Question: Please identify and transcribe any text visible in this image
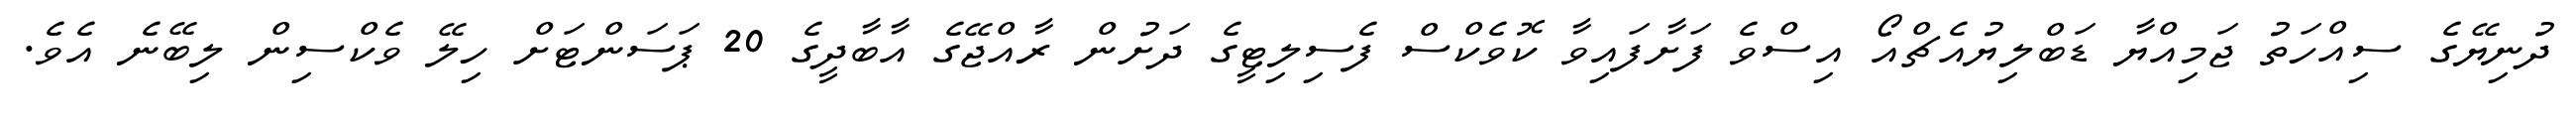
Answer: ދުނިޔޭގެ ސިއްހަތު ޖަމިއްޔާ ޑަބްލިޔުއެޗްއޯ އިސްވެ ފަށާފައިވާ ކޮވެކްސް ފެސިލިޓީގެ ދަށުން ރާއްޖޭގެ އާބާދީގެ 20 ޕަސަންޓަށް ހިލޭ ވެކްސިން ލިބޭނެ އެވެ.